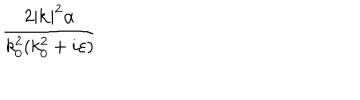
\frac { 2 | \mathbf { k } | ^ { 2 } \alpha } { k _ { 0 } ^ { 2 } ( k _ { 0 } ^ { 2 } + i \varepsilon ) }